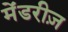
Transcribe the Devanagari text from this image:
मेंडरीज़